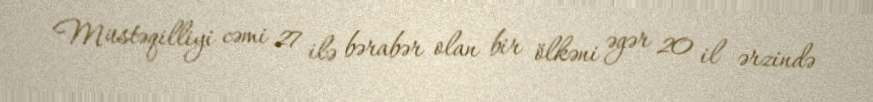
Müstəqilliyi cəmi 27 ilə bərabər olan bir ölkəni əgər 20 il ərzində